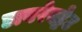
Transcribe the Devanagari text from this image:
डायरेक्ट्रेट